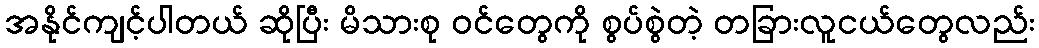
အနိုင်ကျင့်ပါတယ် ဆိုပြီး မိသားစု ဝင်တွေကို စွပ်စွဲတဲ့ တခြားလူငယ်တွေလည်း